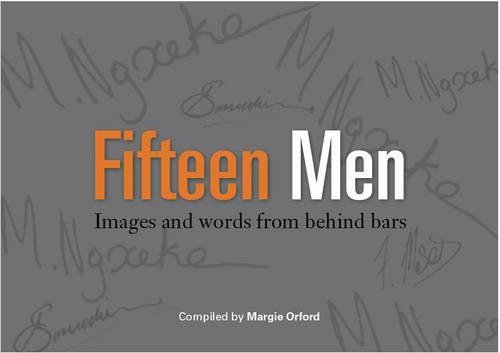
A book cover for Touch, Pause, Engage!: Exploring the Heart of South African Rugby; Liz McGregor; Sports & Outdoors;